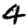
Digit: 4